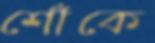
শোঁকে